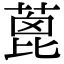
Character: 蓖